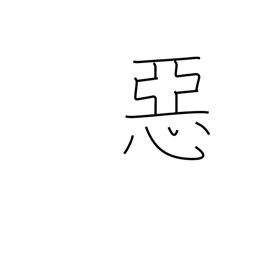
Meaning: evil